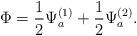
LaTeX: \begin{align*} \Phi = \frac{1}{2}\Psi^{(1)}_a + \frac{1}{2}\Psi_a^{(2)} .\end{align*}